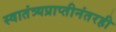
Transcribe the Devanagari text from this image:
स्वातंत्र्यप्राप्तीनंतरही